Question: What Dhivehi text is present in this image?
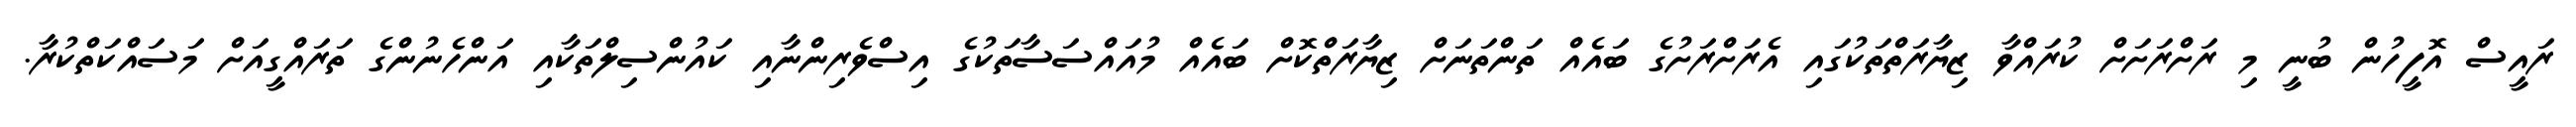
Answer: ރައީސް އޮފީހުން ބުނީ މި ރަށްރަށަށް ކުރައްވާ ޒިޔާރަތްތަކުގައި އެރަށްރަށުގެ ބައެއް ތަންތަނަށް ޒިޔާރަތްކޮށް ބައެއް މުއައްސަސާތަކުގެ އިސްވެރިންނާއި ކައުންސިލްތަކާއި އަންހެނުންގެ ތަރައްގީއަށް މަސައްކަތްކުރާ.